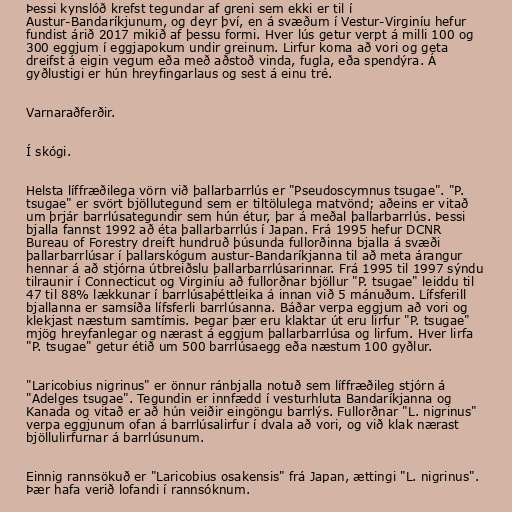
Þessi kynslóð krefst tegundar af greni sem ekki er til í
Austur-Bandaríkjunum, og deyr því, en á svæðum í Vestur-Virginíu hefur
fundist árið 2017 mikið af þessu formi. Hver lús getur verpt á milli 100 og
300 eggjum í eggjapokum undir greinum. Lirfur koma að vori og geta
dreifst á eigin vegum eða með aðstoð vinda, fugla, eða spendýra. Á
gyðlustigi er hún hreyfingarlaus og sest á einu tré.

Varnaraðferðir.

Í skógi.

Helsta líffræðilega vörn við þallarbarrlús er "Pseudoscymnus tsugae". "P.
tsugae" er svört bjöllutegund sem er tiltölulega matvönd; aðeins er vitað
um þrjár barrlúsategundir sem hún étur, þar á meðal þallarbarrlús. Þessi
bjalla fannst 1992 að éta þallarbarrlús í Japan. Frá 1995 hefur DCNR
Bureau of Forestry dreift hundruð þúsunda fullorðinna bjalla á svæði
þallarbarrlúsar í þallarskógum austur-Bandaríkjanna til að meta árangur
hennar á að stjórna útbreiðslu þallarbarrlúsarinnar. Frá 1995 til 1997 sýndu
tilraunir í Connecticut og Virginíu að fullorðnar bjöllur "P. tsugae" leiddu til
47 til 88% lækkunar í barrlúsaþéttleika á innan við 5 mánuðum. Lífsferill
bjallanna er samsíða lífsferli barrlúsanna. Báðar verpa eggjum að vori og
klekjast næstum samtímis. Þegar þær eru klaktar út eru lirfur "P. tsugae"
mjög hreyfanlegar og nærast á eggjum þallarbarrlúsa og lirfum. Hver lirfa
"P. tsugae" getur étið um 500 barrlúsaegg eða næstum 100 gyðlur.

"Laricobius nigrinus" er önnur ránbjalla notuð sem líffræðileg stjórn á
"Adelges tsugae". Tegundin er innfædd í vesturhluta Bandaríkjanna og
Kanada og vitað er að hún veiðir eingöngu barrlýs. Fullorðnar "L. nigrinus"
verpa eggjunum ofan á barrlúsalirfur í dvala að vori, og við klak nærast
bjöllulirfurnar á barrlúsunum.

Einnig rannsökuð er "Laricobius osakensis" frá Japan, ættingi "L. nigrinus".
Þær hafa verið lofandi í rannsóknum.